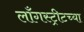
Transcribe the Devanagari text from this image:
लाँगस्ट्रीटच्या